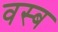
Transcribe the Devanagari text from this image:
वस्ब